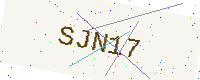
Text: SJN17